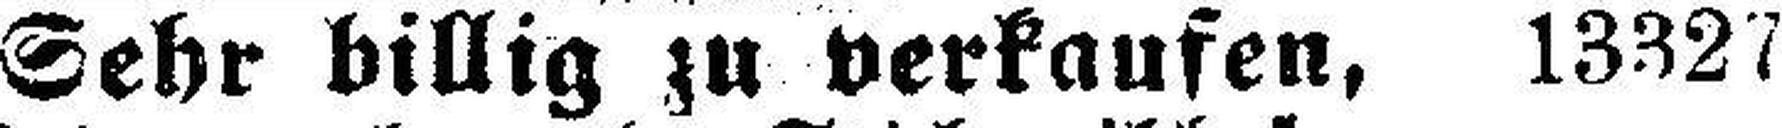
Sehr billig zu verkaufen, 13327